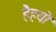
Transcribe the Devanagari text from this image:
हैहयो